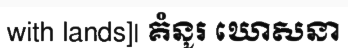
with lands]| គំនូរ ឃោសនា